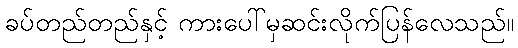
ခပ်တည်တည်နှင့် ကားပေါ်မှဆင်းလိုက်ပြန်လေသည်။